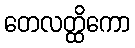
တေလတ္ထိကော